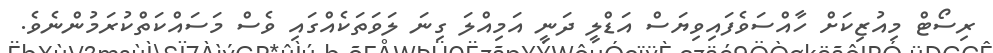
ރިސޯޓް މިއުޒިކަށް ހާއްސަވެފައިވިޔަސް އަޑްލީ ދަނީ އަމިއްލަ ގިނަ ލަވަތަކެއްގައި ވެސް މަސައްކަތްކުރަމުންނެވެ.